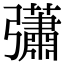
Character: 𢑁